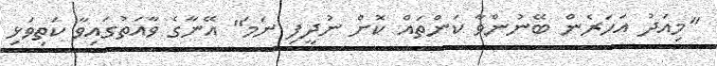
"މިއަދު އަހަރެން ބޭނުންވާ ކަންތައް ކޮށް ނުދީފި ނަމަ" އޭނާގެ ވާއަތުގައިވާ ކަތިވަޅި